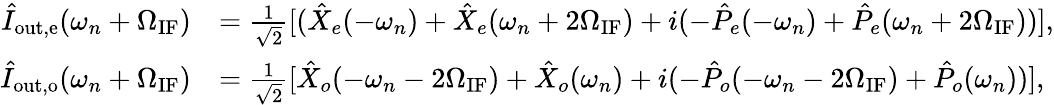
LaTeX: \begin{array}{rl}{\hat{I}_{\mathrm{out,e}}(\omega_{n}+\Omega_{\mathrm{IF}})}&{=\frac{1}{\sqrt{2}}[(\hat{X}_{e}(-\omega_{n})+\hat{X}_{e}(\omega_{n}+2\Omega_{\mathrm{IF}})+i(-\hat{P}_{e}(-\omega_{n})+\hat{P}_{e}(\omega_{n}+2\Omega_{\mathrm{IF}}))],}\\ {\hat{I}_{\mathrm{out,o}}(\omega_{n}+\Omega_{\mathrm{IF}})}&{=\frac{1}{\sqrt{2}}[\hat{X}_{o}(-\omega_{n}-2\Omega_{\mathrm{IF}})+\hat{X}_{o}(\omega_{n})+i(-\hat{P}_{o}(-\omega_{n}-2\Omega_{\mathrm{IF}})+\hat{P}_{o}(\omega_{n}))],}\end{array}